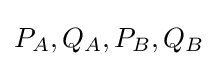
P_{A},Q_{A},P_{B},Q_{B}